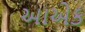
આએક